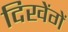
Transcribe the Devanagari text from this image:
दिखेंगें